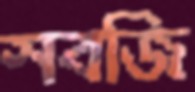
সবজি